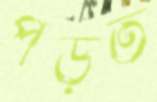
পড়ত